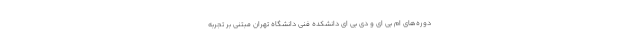
دوره‌های ام بی ای و دی بی ای دانشکده فنی دانشگاه تهران مبتنی بر تجربه